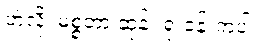
ဟဲလို၊ မစ္စတာ ဆုန်း ရုံးခန်းကပါ။